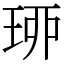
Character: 𤥗